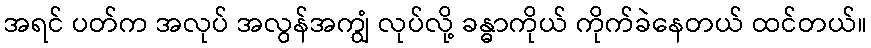
အရင် ပတ်က အလုပ် အလွန်အကျွံ လုပ်လို့ ခန္ဓာကိုယ် ကိုက်ခဲနေတယ် ထင်တယ်။